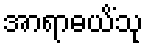
အာရာဓယိံသု